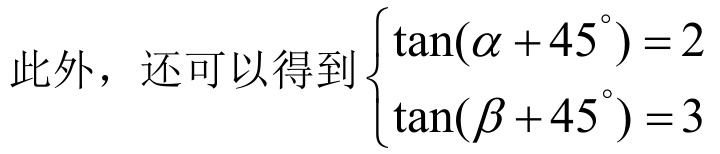
此外，还可以得到\(\begin{cases}\tan(\alpha + 45^{\circ}) = 2\\\tan(\beta + 45^{\circ}) = 3\end{cases}\)